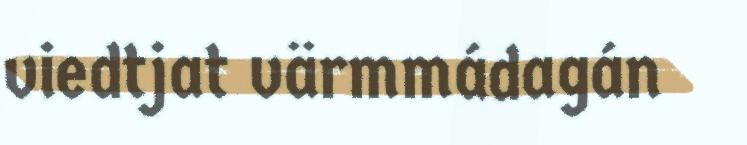
viedtjat värmmádagán